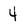
Character: 4